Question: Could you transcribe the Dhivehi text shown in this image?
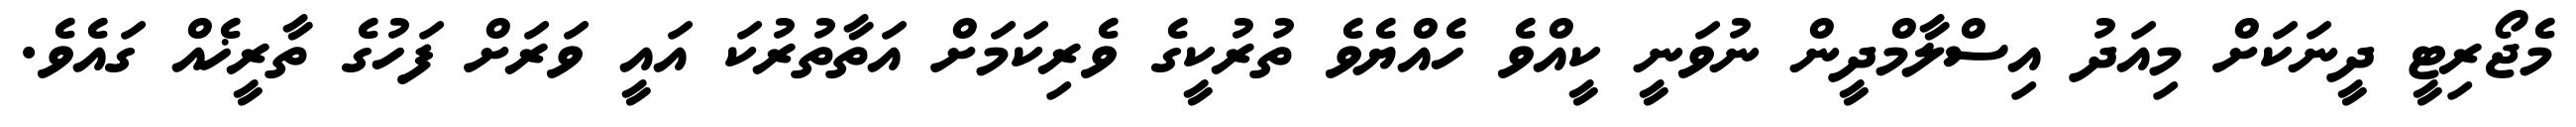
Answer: މެޖޯރިޓީ ދީނަކަށް މިއަދު އިސްލާމްދީން ނުވަނީ ކީއްވެ ހެއްޔެވެ ތުރުކީގެ ވެރިކަމަށް އަތާތުރުކަ އައީ ވަރަށް ފަހުގެ ތާރީޚެއް ގައެވެ.